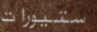
ستيورات